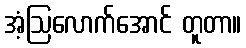
အံ့ဩလောက်အောင် တူတာ။